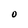
Character: O